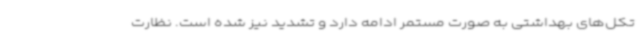
تکل‌های بهداشتی به صورت مستمر ادامه دارد و تشدید نیز شده‌ است. نظارت